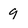
Character: 9